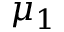
\mu _ { 1 }